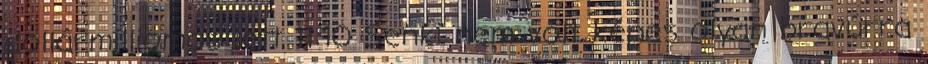
dollármilliomos lett 11:10 Senki nem volt képes olyan bravúrra